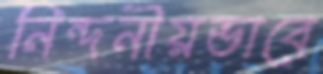
নিন্দনীয়ভাবে